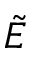
\tilde { E }